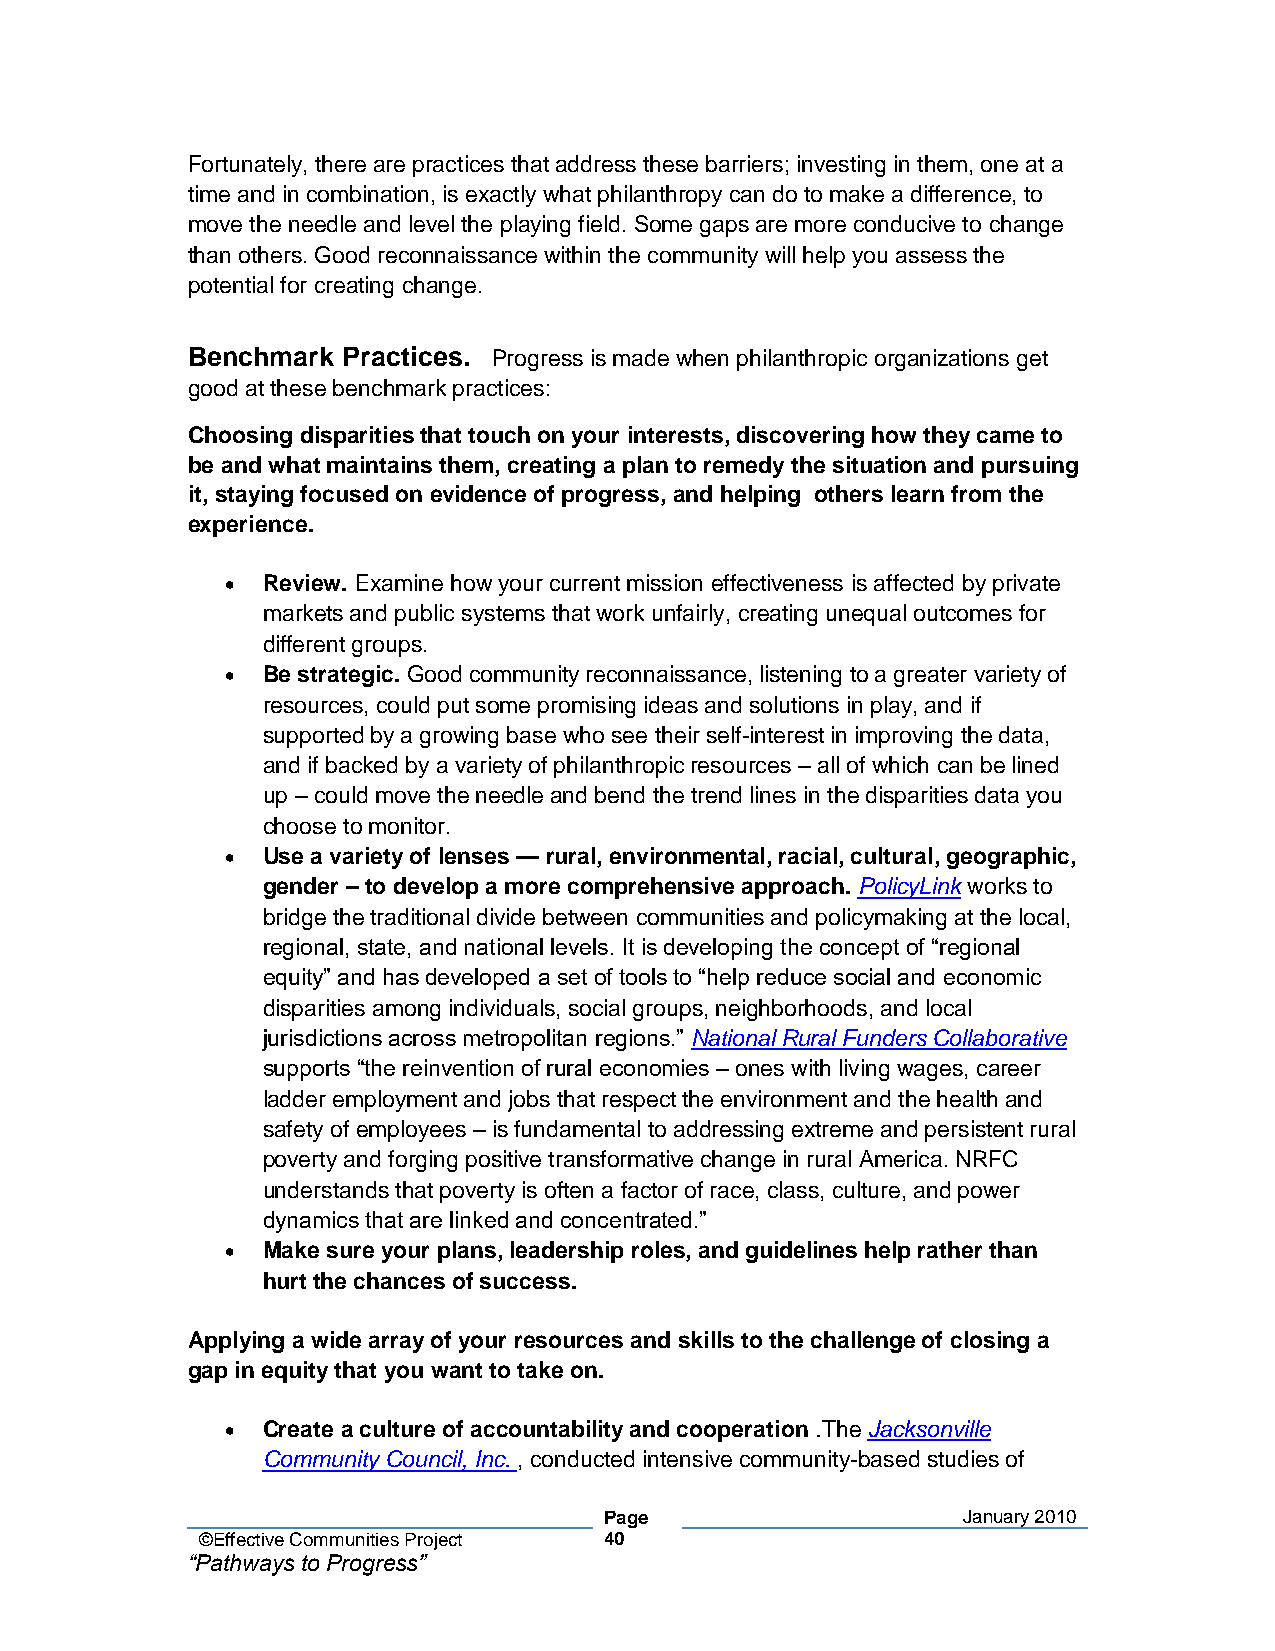
Fortunately, there are practices that address these barriers; investing in them, one at a
 time and in combination, is exactly what philanthropy can do to make a difference, to
 move the needle and level the playing field. Some gaps are more conducive to change
 than others. Good reconnaissance within the community will help you assess the
 potential for creating change.
 Benchmark  Practices. Progress is made when philanthropic organizations get
 good at these benchmark practices:
 Choosing disparities that touch on your interests, discovering how they came to
 be and what maintains them, creating a plan to remedy the situation and pursuing
 it, staying focused on evidence of progress, and helping others learn from the
 experience.
 • Review. Examine how your current mission effectiveness is affected by private
 markets and public systems that work unfairly, creating unequal outcomes for
 different groups.
 • Be strategic. Good community reconnaissance, listening to a greater variety of
 resources, could put some promising ideas and solutions in play, and if
 supported by a growing base who see their self-interest in improving the data,
 and if backed by a variety of philanthropic resources – all of which can be lined
 up – could move the needle and bend the trend lines in the disparities data you
 choose to monitor.
 • Use a variety of lenses — rural, environmental, racial, cultural, geographic,
 gender – to develop a more comprehensive approach. PolicyLink works to
 bridge the traditional divide between communities and policymaking at the local,
 regional, state, and national levels. It is developing the concept of “regional
 equity” and has developed a set of tools to “help reduce social and economic
 disparities among individuals, social groups, neighborhoods, and local
 jurisdictions across metropolitan regions.” National Rural Funders Collaborative
 supports “the reinvention of rural economies – ones with living wages, career
 ladder employment and jobs that respect the environment and the health and
 safety of employees – is fundamental to addressing extreme and persistent rural
 poverty and forging positive transformative change in rural America. NRFC
 understands that poverty is often a factor of race, class, culture, and power
 dynamics that are linked and concentrated.”
 • Make sure your plans, leadership roles, and guidelines help rather than
 hurt the chances of success.
 Applying a wide array of your resources and skills to the challenge of closing a
 gap in equity that you want to take on.
 • Create a culture of accountability and cooperation .The Jacksonville
 Community Council, Inc. , conducted intensive community-based studies of
 Page                    January 2010
 ©Effective Communities Project 40
 “Pathways to Progress”